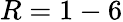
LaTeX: R=1-6